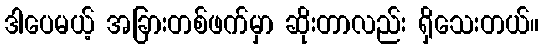
ဒါပေမယ့် အခြားတစ်ဖက်မှာ ဆိုးတာလည်း ရှိသေးတယ်။